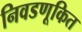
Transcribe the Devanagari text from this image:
निवडणूकित